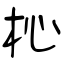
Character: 杺